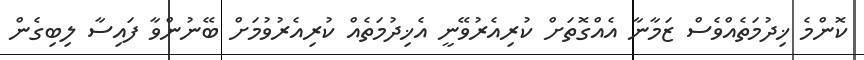
ކޮންމެ ޚިދުމަތެއްވެސް ޒަމާނާ އެއްގޮތަށް ކުރިއެރުވޭނީ އެޚިދުމަތެއް ކުރިއެރުވުމަށް ބޭނުންވާ ފައިސާ ލިބިގެން